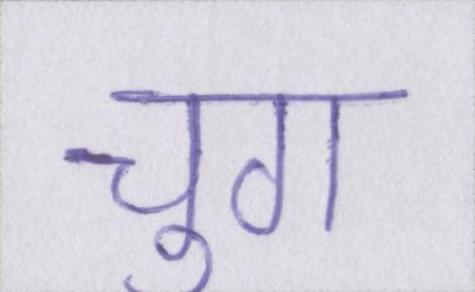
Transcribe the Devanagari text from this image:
चुग